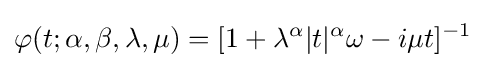
\varphi (t;\alpha ,\beta ,\lambda ,\mu )=[1+\lambda ^{\alpha }|t|^{\alpha }\omega -i\mu t]^{-1}